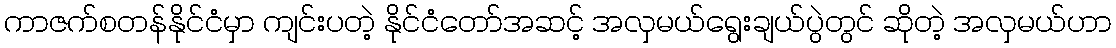
ကာဇက်စတန်နိုင်ငံမှာ ကျင်းပတဲ့ နိုင်ငံတော်အဆင့် အလှမယ်ရွေးချယ်ပွဲတွင် ဆိုတဲ့ အလှမယ်ဟာ